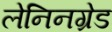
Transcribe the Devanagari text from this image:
लेनिनग्रेड